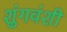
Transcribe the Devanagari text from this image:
शुंगवंशी